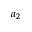
a _ { 2 }